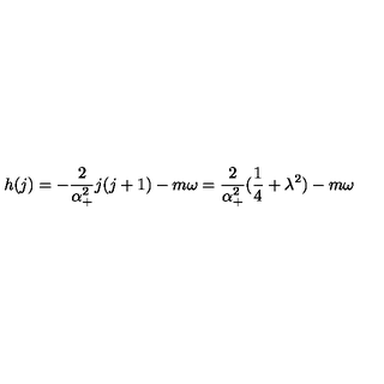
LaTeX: h ( j ) = - \frac 2 { \alpha _ { + } ^ { 2 } } j ( j + 1 ) - m \omega = \frac 2 { \alpha _ { + } ^ { 2 } } ( \frac 1 4 + \lambda ^ { 2 } ) - m \omega